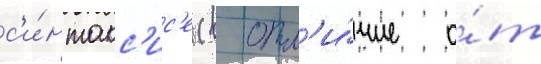
с'и́нтакс'ис'е (в отл'и́чие о́т